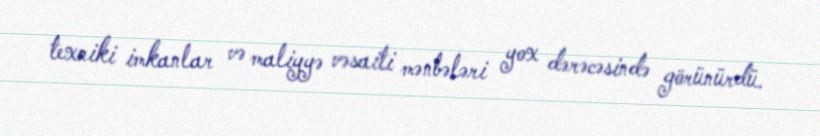
texniki imkanlar və maliyyə vəsaiti mənbələri yox dərəcəsində görünürdü.